Lunatic asylums in Bengal annual reports 1899-1911 - 1899-1911
Year: 1899
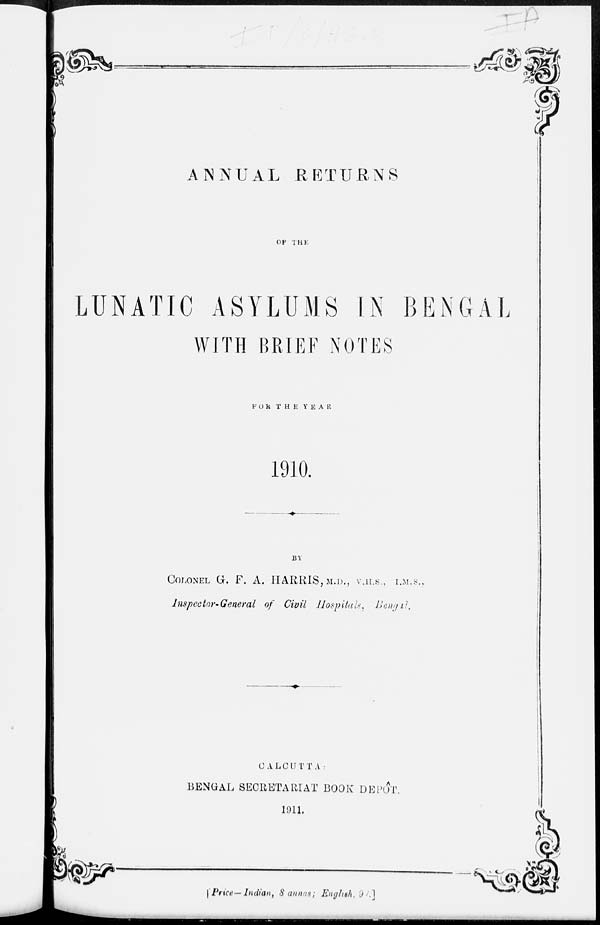
ANNUAL RETURNS
OF THE
LUNATIC ASYLUMS IN BENGAL
WITH BRIEF NOTES
FOR THE YEAR
1910.
BY
COLONEL G. F. A. HARRIS, M.D., V.H.S , I.M.S.,
Inspector-General of Civil Hospitals. Bengal.
CALCUTTA:
BENGAL SECRETARIAT BOOK DEPÔT.
1911.
[ Price—Indian, 8 annas; English, 9 b.]